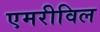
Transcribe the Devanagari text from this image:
एमरीविल